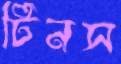
টিনস